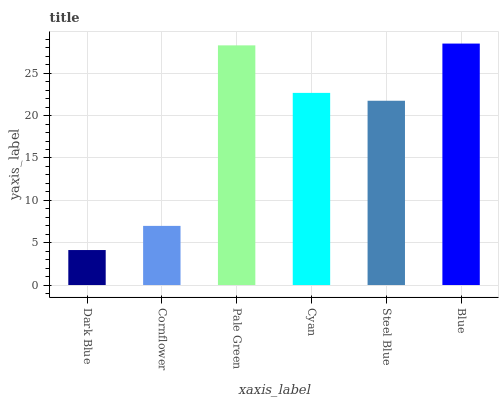
| xaxis_label | bars |
 | --- | --- |
 | Dark Blue | 4.13 |
 | Cornflower | 6.98 |
 | Pale Green | 28.3 |
 | Cyan | 22.7 |
 | Steel Blue | 21.8 |
 | Blue | 28.5 |